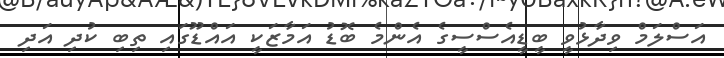
އަސްލަމް ވިދާޅުވީ ބީޑީއެސްސީގެ އެންމެ ބޮޑު އަމާޒަކީ އައްޑޫގައި ތިބި ކުދި އަދި